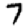
Digit: 7